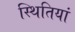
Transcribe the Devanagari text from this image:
स्‍थितियां